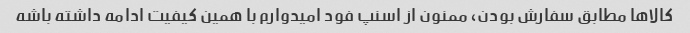
کالاها مطابق سفارش بودن، ممنون از اسنپ فود امیدوارم با همین کیفیت ادامه داشته باشه